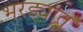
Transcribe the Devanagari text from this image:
भरड्यात